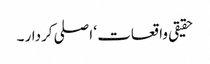
حقیقی واقعات ‘ اصلی کردار ۔